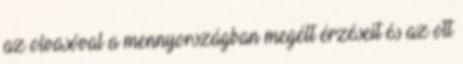
az olvasóval a mennyországban megélt érzéseit és az ott